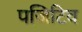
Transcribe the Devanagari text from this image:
पजिटिव